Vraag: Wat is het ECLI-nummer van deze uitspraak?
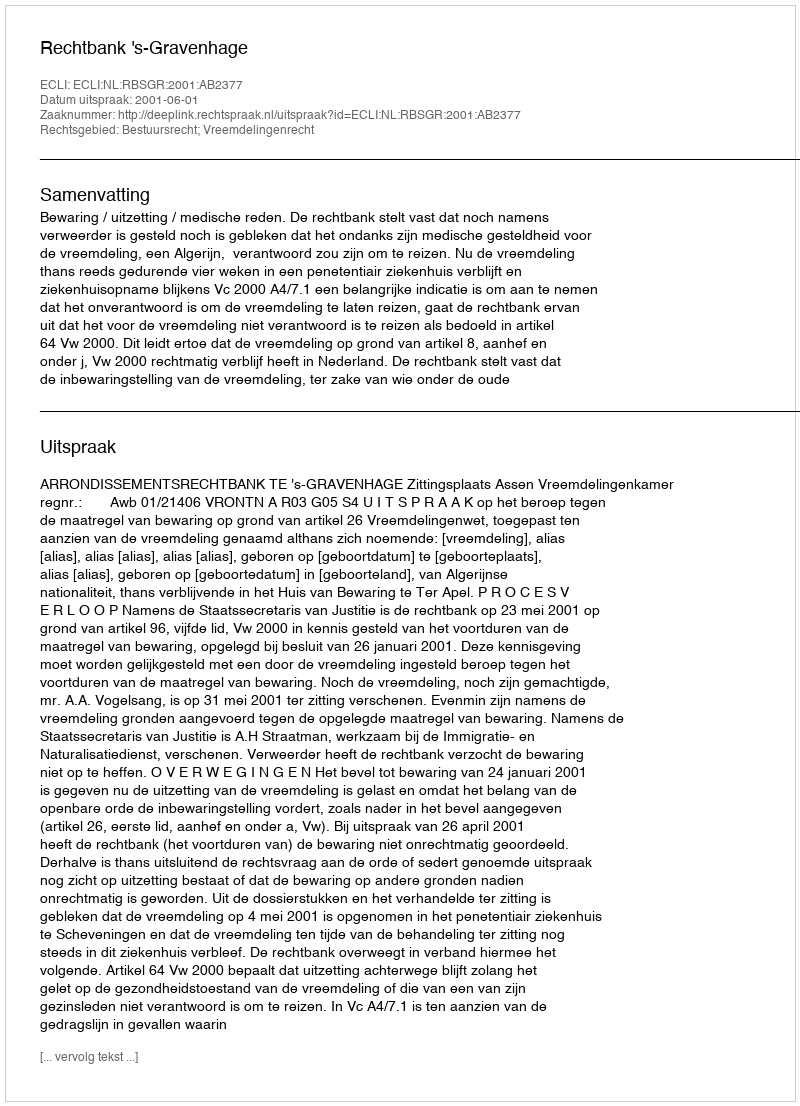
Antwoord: ECLI:NL:RBSGR:2001:AB2377